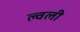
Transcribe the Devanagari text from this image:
ल्वली